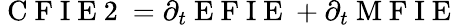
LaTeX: \mathrm{~C~F~I~E~2~}=\partial_{t}\mathrm{~E~F~I~E~}+\partial_{t}\mathrm{~M~F~I~E~}